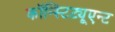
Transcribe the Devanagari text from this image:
कॉन्स्टिट्यूएन्ट